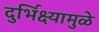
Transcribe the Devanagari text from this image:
दुर्भिक्ष्यामुळे